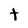
Character: t